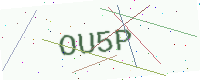
Text: OU5P